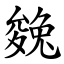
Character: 㕙